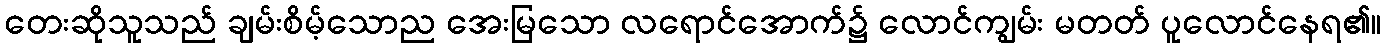
တေးဆိုသူသည် ချမ်းစိမ့်သောည အေးမြသော လရောင်အောက်၌ လောင်ကျွမ်း မတတ် ပူလောင်နေရ၏။